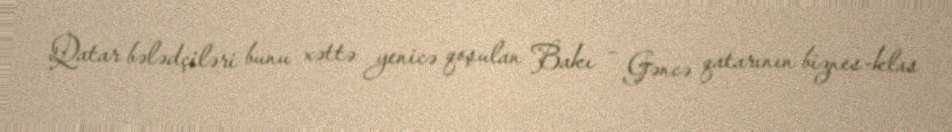
Qatar bələdçiləri bunu xəttə yenicə qoşulan Bakı - Gəncə qatarının biznes-klas